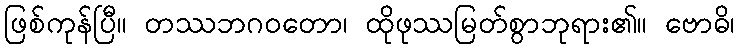
ဖြစ်ကုန်ပြီ။ တဿဘဂဝတော၊ ထိုဖုဿမြတ်စွာဘုရား၏။ ဗောဓိ၊